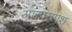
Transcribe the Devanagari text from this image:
आरएसएश